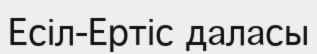
Есіл-Ертіс даласы